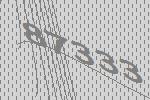
87333